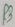
Text: R3